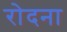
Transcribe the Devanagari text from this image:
रोदना